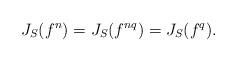
LaTeX: \begin{align*}J_{S}(f^n) = J_{S}(f^{nq}) = J_{S}(f^{q}).\end{align*}